Eesti_Esindaja_Kaug-Idas_ja_Hiinas, lk 16
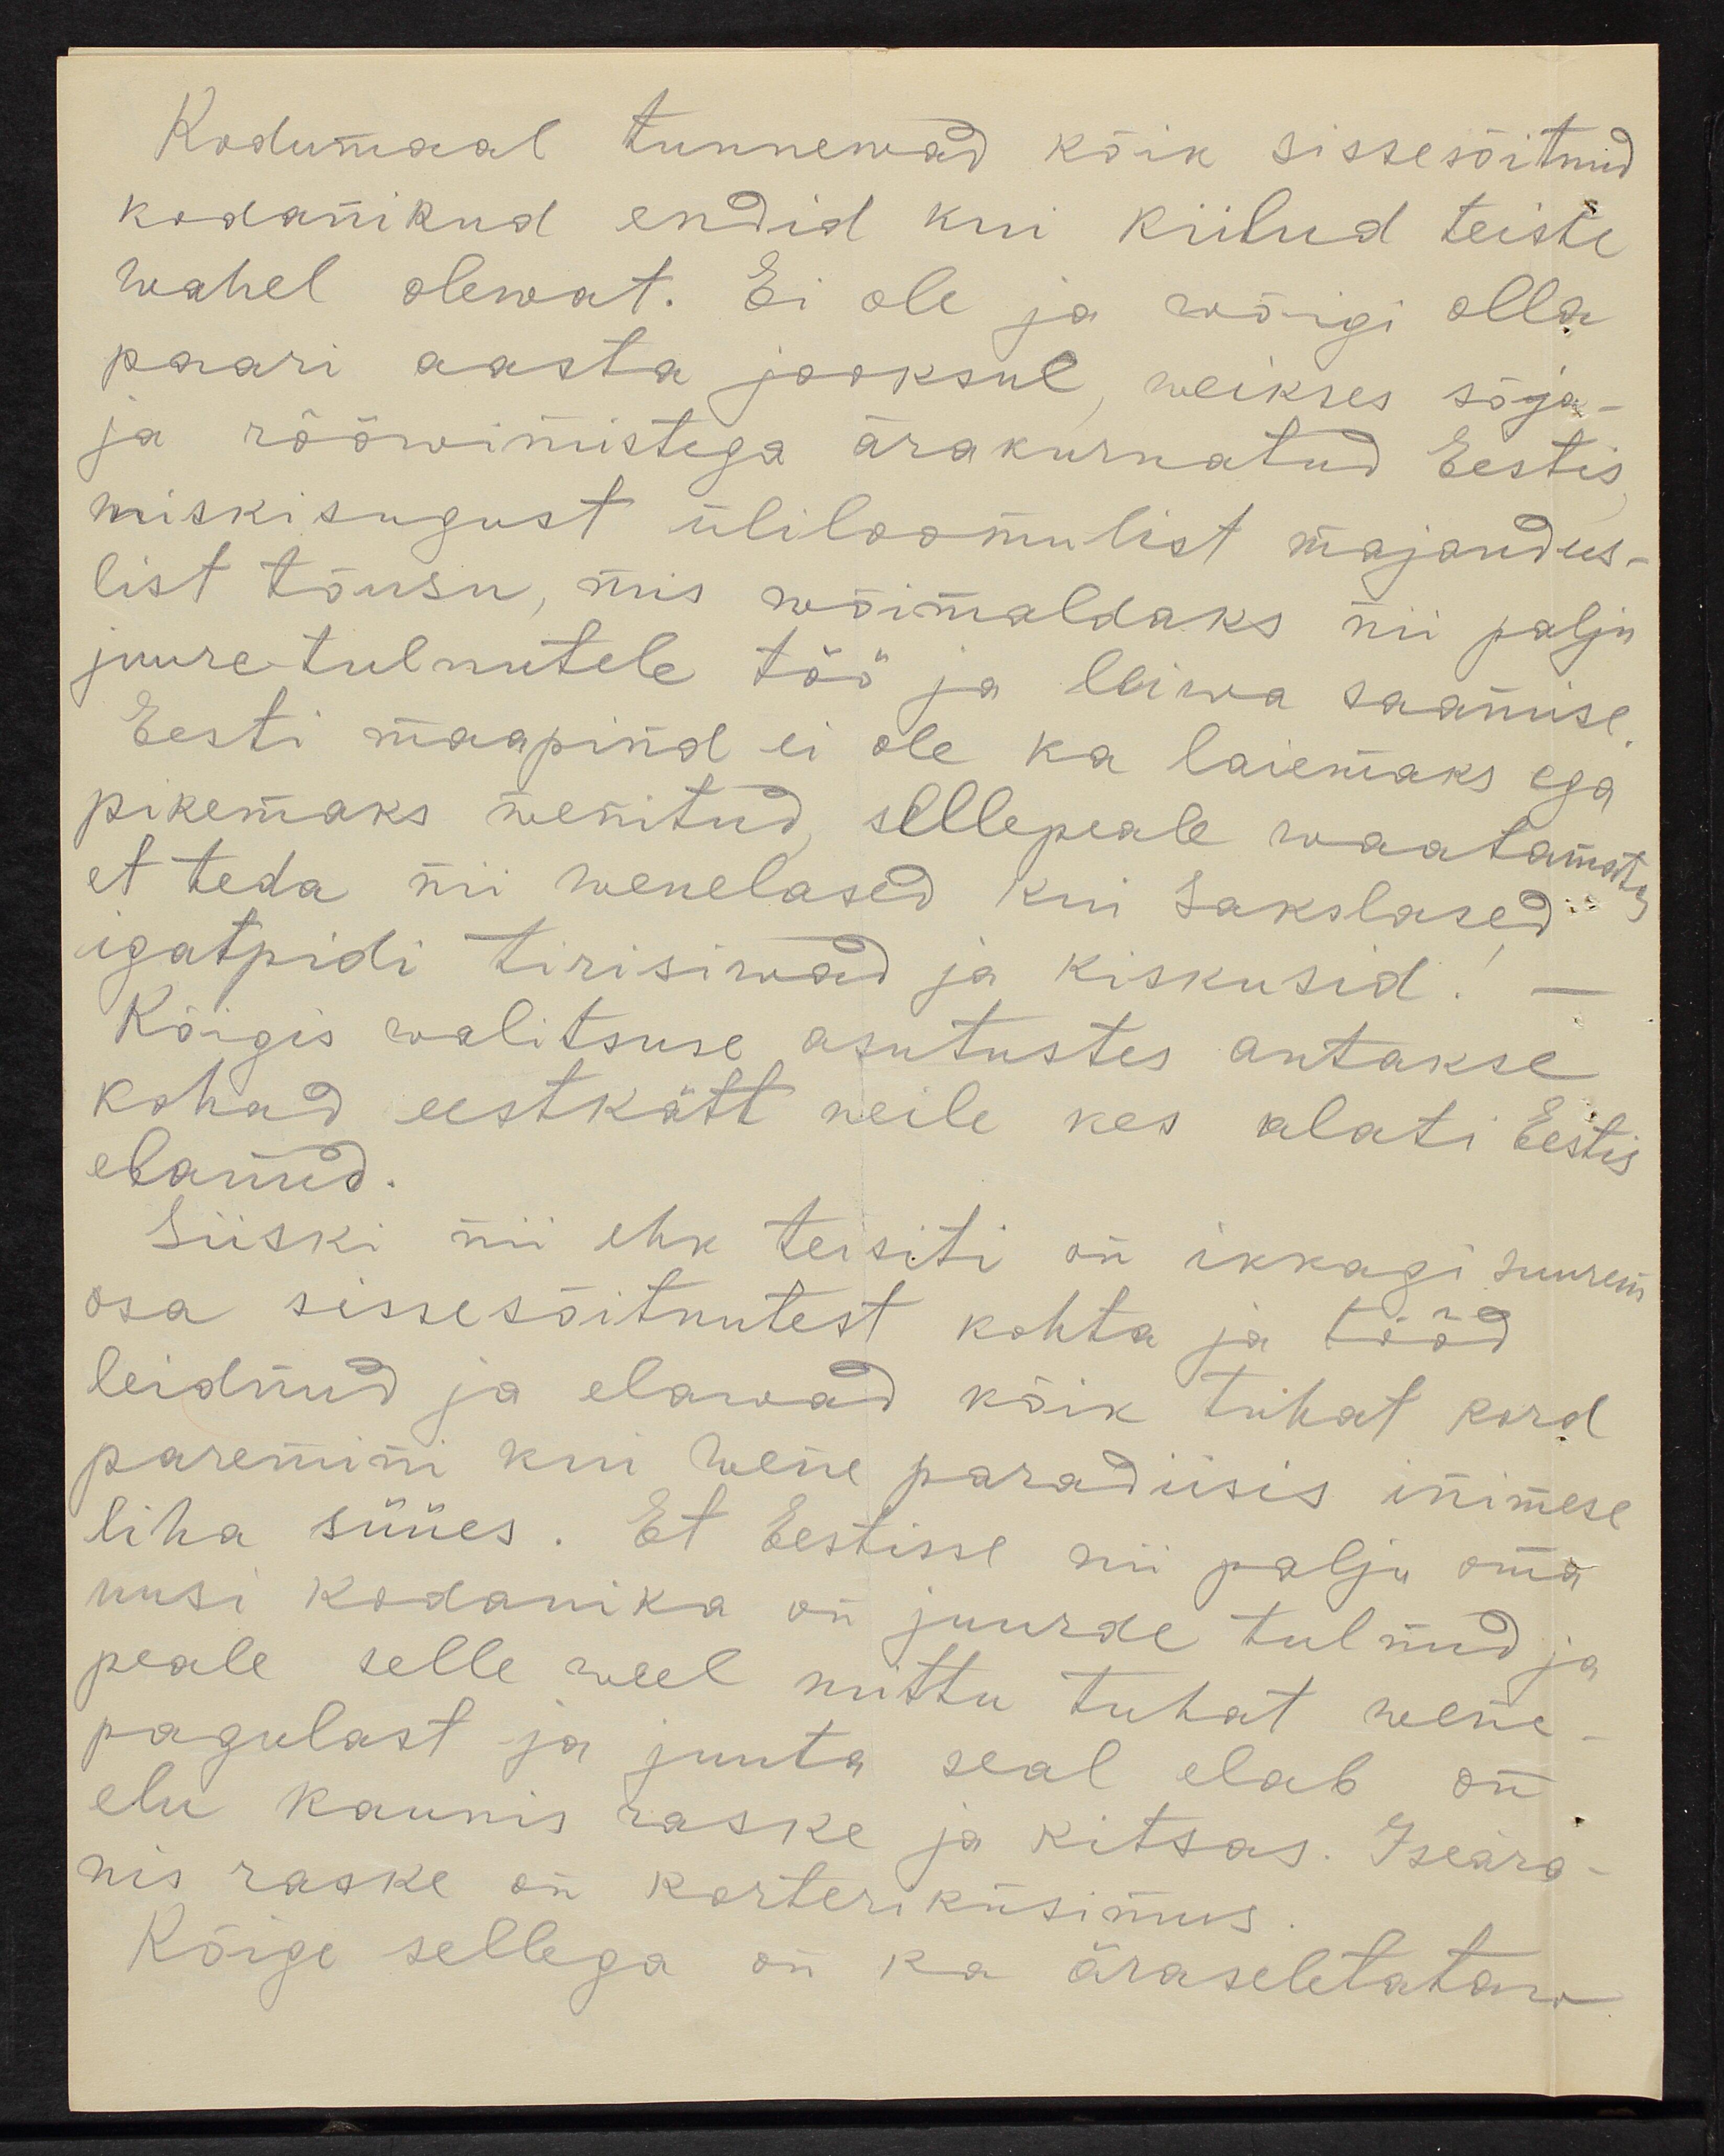
Kodumaal tunnewad kõik sissesõitnud
kodanikud endid kui kiilud teiste
wahel olewat. Ei ole ja wõigi olla
paari aasta jooksul weikses sõja-
ja rööwimistega ärakurnatud Eestis
miskisugust üliloomulist majandus-
list tõusu, mis wõimaldaks nii palju
juure tulnutele töö ja leiwa saamise
Eesti maapind ei ole ka laiemaks ega
pikemaks wenitud sellepeale waatamata,
et teda nii wenelased kui sakslased.
igatpidi tirisiwad ja kiskusid
Kõigis walitsuse asutustes antakse
kohad eestkätt neile kes alati Eestis
elanud.
Siiski nii ehk teisiti on ikkagi suurem
osa sissesõitnutest kohta ja tööd
leidnud ja elawad kõik tuhat kord
paremini kui wene paradiisis inimese
liha süües. Et Eestisse nii palju oma
uusi kodanika on juurde tulnud ja
peale selle weel mittu tuhat wene
pagulast ja juuta seal elab on
elu kaunis raske ja kitsas. Iseära
mis raske on korteriküsimus.
Kõige sellega on ka äraseletataw